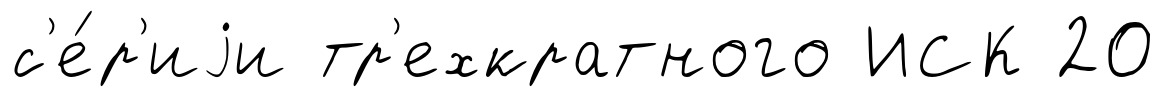
с'е́р'иjи тр'ехкратного ИСК 20